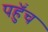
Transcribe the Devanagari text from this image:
पहुॅंच